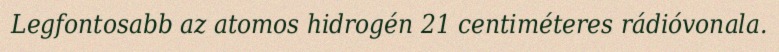
Legfontosabb az atomos hidrogén 21 centiméteres rádióvonala.